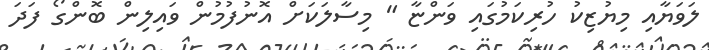
ލަވަޔާއި މިޔުޒިކު ހުރިކަމުގައި ވަންޏާ " މިސާލަކަށް އޮނުފުމުން ވައިލިން ބޮންގޯ ފަދަ